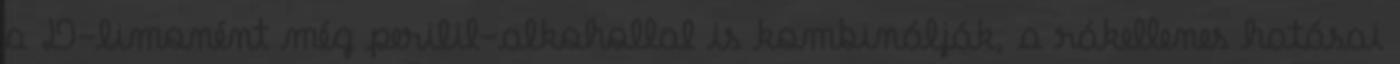
a D-limonént még perilil-alkohollal is kombinálják, a rákellenes hatásai